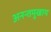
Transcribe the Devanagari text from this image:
अनन्तमुखाय